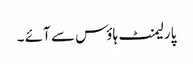
پارلیمنٹ ہاؤس سے آئے ۔